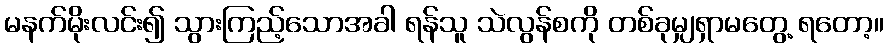
မနက်မိုးလင်း၍ သွားကြည့်သောအခါ ရန်သူ သဲလွန်စကို တစ်ခုမျှရှာမတွေ့ ရတော့။